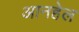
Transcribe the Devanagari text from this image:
आनहेल